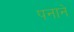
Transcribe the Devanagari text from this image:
पनाने